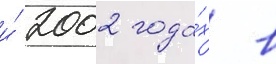
и́ 2002 года́х в